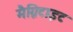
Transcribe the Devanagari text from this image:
मैग्निटाइट